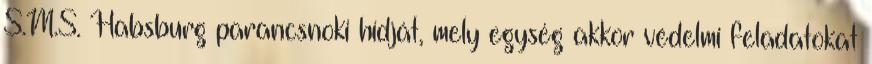
S.M.S. Habsburg parancsnoki hídját, mely egység akkor védelmi feladatokat